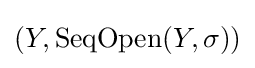
(Y,\operatorname {SeqOpen} (Y,\sigma ))